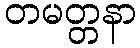
တမတ္တနာ